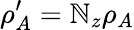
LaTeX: \rho_{A}^{\prime}=\mathbb{N}_{z}\rho_{A}